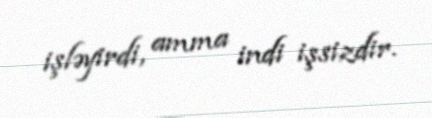
işləyirdi, amma indi işsizdir.